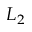
L _ { 2 }